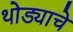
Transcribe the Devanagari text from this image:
थोड्याचे